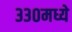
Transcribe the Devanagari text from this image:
३३०मध्ये